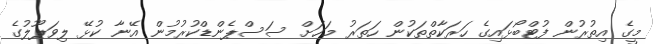
މީގެ އިތުރުން ފުޓްބޯޅައިގެ ހަރަކާތްތަކުން ހަތަރު މަހަށް ސަސްޕެންޑްކުރުމުން އޭނާ ކުޅޭ ލިވަޕޫލުގެ